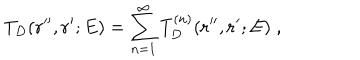
LaTeX: T _ { D } ( { \bf r ^ { \prime \prime } } , { \bf r ^ { \prime } } ; E ) = \sum _ { n = 1 } ^ { \infty } T _ { D } ^ { ( n ) } ( { \bf r ^ { \prime \prime } } , { \bf r ^ { \prime } } ; E ) \; ,